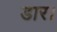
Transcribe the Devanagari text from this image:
डार।